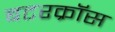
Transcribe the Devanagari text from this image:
बटरक्रॉस